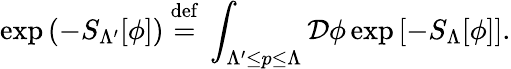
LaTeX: \exp\left(-S_{\Lambda^{\prime}}[\phi]\right)\ {\stackrel{\mathrm{def}}{=}}\ \int_{\Lambda^{\prime}\leq p\leq\Lambda}{\mathcal{D}}\phi\exp\left[-S_{\Lambda}[\phi]\right].